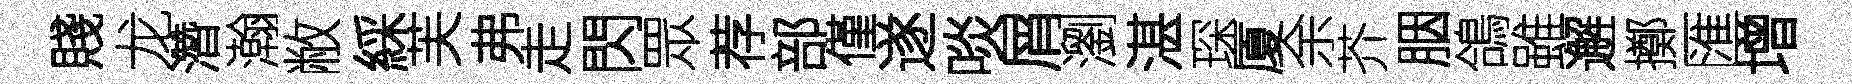
賤龙濳瀚敝綵芙弗走閃眾荐部僅遂啖屑瀏湛琛厦余芥胭鴿雖邂擲匯增